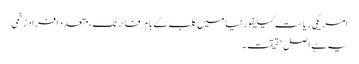
امریکی ریاست کیلیفورنیا میں کلب کے باہر فائرنگ، متعدد افراد زخمی
یہ ہے اصل حقیقت ۔